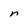
Character: n